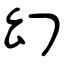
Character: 幻